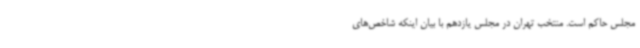
مجلس حاکم است. منتخب تهران در مجلس یازدهم با بیان اینکه شاخص‌های